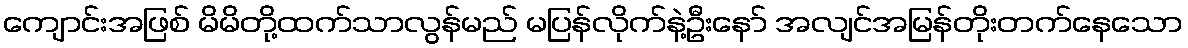
ကျောင်းအဖြစ် မိမိတို့ထက်သာလွန်မည် မပြန်လိုက်နဲ့ဦးနော် အလျင်အမြန်တိုးတက်နေသော